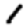
Digit: 1